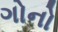
ગોનો